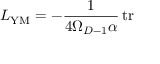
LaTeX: { \cal L } _ { \mathrm { Y M } } = - \frac { 1 } { 4 \Omega _ { D - 1 } \alpha } \, \mathrm { t r }